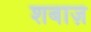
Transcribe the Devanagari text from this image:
शबाज़